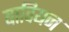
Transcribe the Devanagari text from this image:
बावियन